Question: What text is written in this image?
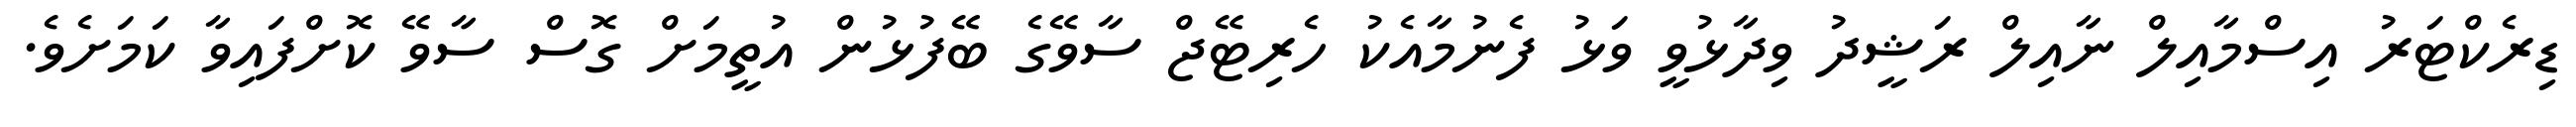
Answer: ޑިރެކްޓަރު އިސްމާއިލް ނާއިލް ރަޝީދު ވިދާޅުވީ ވަޅު ފެނުމާއެކު ހެރިޓޭޖް ސާވޭގެ ބޭފުޅުން އުތީމަށް ގޮސް ސާވޭ ކޮށްފައިވާ ކަމަށެވެ.